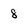
Character: 8